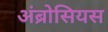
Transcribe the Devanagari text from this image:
अंब्रोसियस